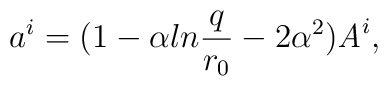
a^i=(1-\alpha ln{q\over{r_0}}-2\alpha^2){\it A}^i,